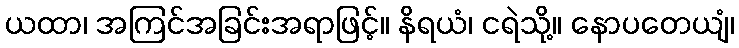
ယထာ၊ အကြင်အခြင်းအရာဖြင့်။ နိရယံ၊ ငရဲသို့။ နောပတေယျံ၊